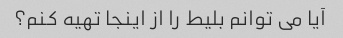
آیا می توانم بلیط را از اینجا تهیه کنم؟